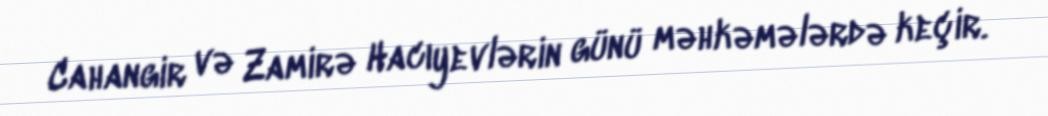
Cahangir və Zamirə Hacıyevlərin günü məhkəmələrdə keçir.